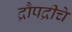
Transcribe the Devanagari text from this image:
द्रौपद्रीचे